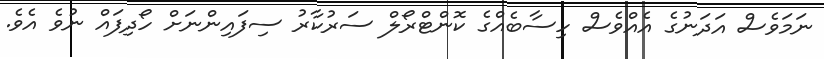
ނަމަވެސް އަދަނުގެ އެއްވެސް ހިސާބެއްގެ ކޮންޓްރޯލް ސަރުކާރު ސިފައިންނަށް ހޯދިފައް ނުވެ އެވެ.